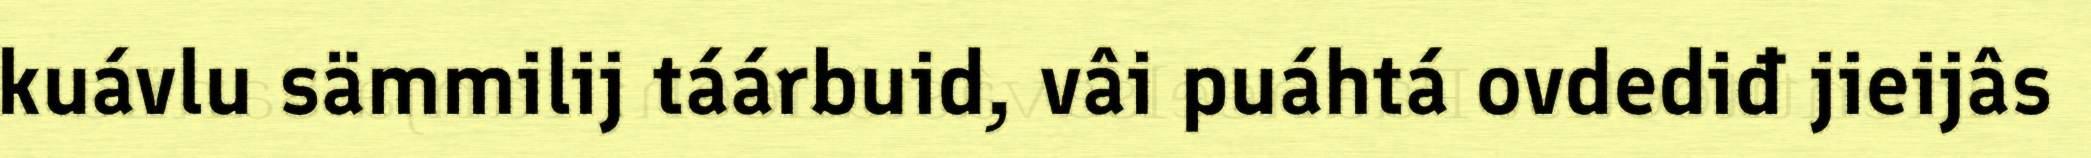
kuávlu sämmilij táárbuid, vâi puáhtá ovdediđ jieijâs